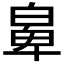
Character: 𤾁